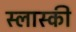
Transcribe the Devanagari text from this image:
स्लास्की